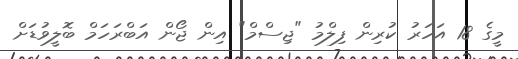
މީގެ 18 އަހަރު ކުރިން ފިލްމު "ޖިސްމް" އިން ޖޯން އަބްރަހަމް ބޮލީވުޑަށް